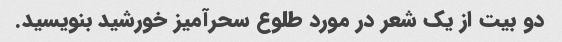
دو بیت از یک شعر در مورد طلوع سحرآمیز خورشید بنویسید.